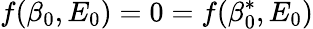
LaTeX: f(\beta_{0},E_{0})=0=f(\beta_{0}^{\ast},E_{0})